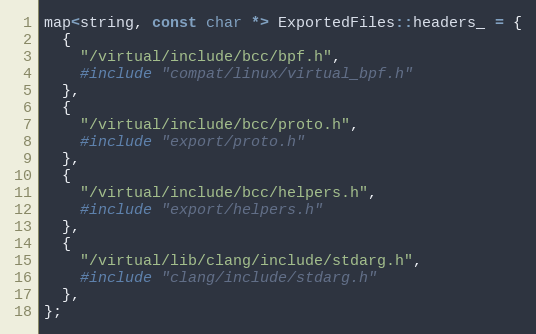
Language: C++
map<string, const char *> ExportedFiles::headers_ = {
  {
    "/virtual/include/bcc/bpf.h",
    #include "compat/linux/virtual_bpf.h"
  },
  {
    "/virtual/include/bcc/proto.h",
    #include "export/proto.h"
  },
  {
    "/virtual/include/bcc/helpers.h",
    #include "export/helpers.h"
  },
  {
    "/virtual/lib/clang/include/stdarg.h",
    #include "clang/include/stdarg.h"
  },
};